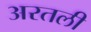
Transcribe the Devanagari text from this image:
अरतली